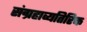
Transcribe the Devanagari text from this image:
संग्रहाव्यतिरिक्त